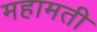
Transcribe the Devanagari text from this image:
महामती